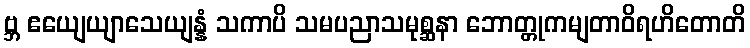
ဗ္ဘ ဧယျေယျာသေယျန္နံ သကာပိ သမပညာသမုစ္ဆနာ ဘောတ္တုကမျတာဝိရဟိတောတိ